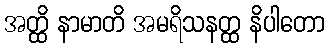
အတ္ထိ နာမာတိ အမရိသနတ္ထ နိပါတော